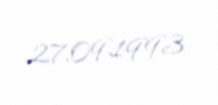
27.09.1993